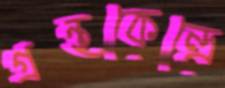
গ্রন্থকেন্দ্রে